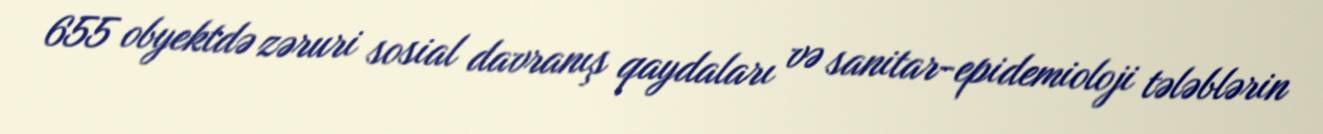
655 obyektdə zəruri sosial davranış qaydaları və sanitar-epidemioloji tələblərin